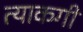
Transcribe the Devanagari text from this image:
त्याकगी